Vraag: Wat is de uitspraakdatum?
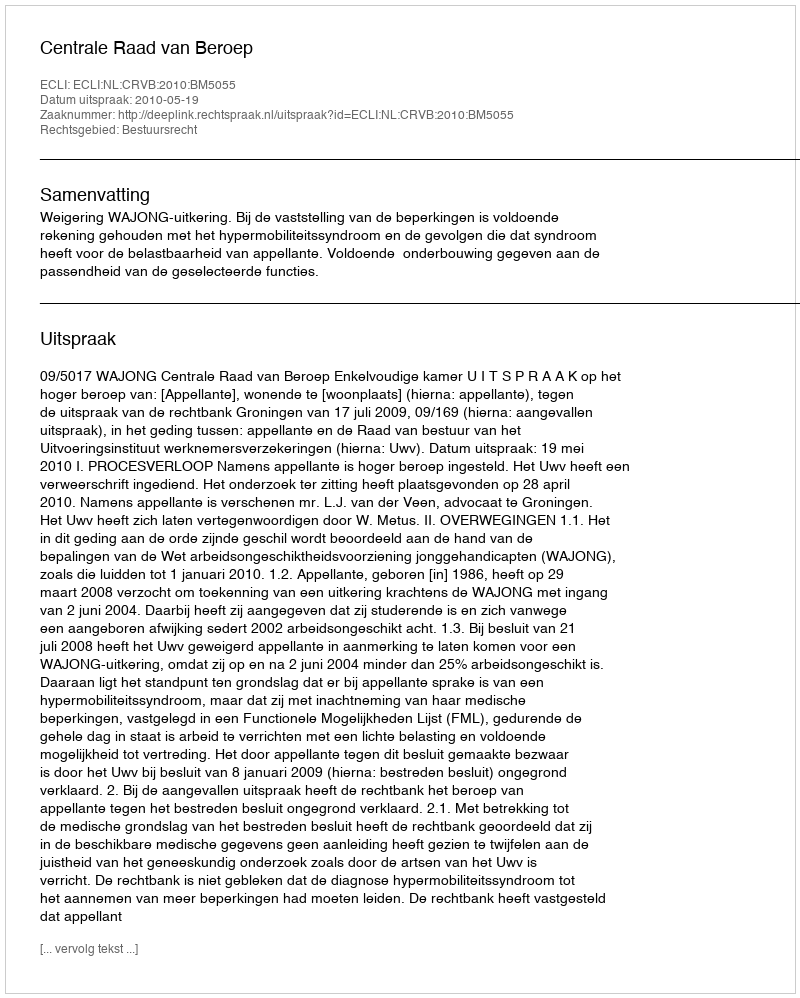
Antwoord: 2010-05-19